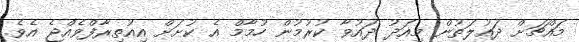
މައްޗަށް ދައުލަތުން މިއަދު ދައުވާ ކުރުމުން ހުމާމް އެ ކުށަށް އިއުތިރާފްވެއްޖެ އެވެ.